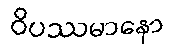
ဝိပဿမာနော